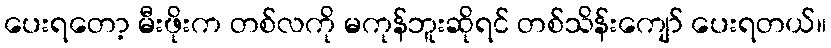
ပေးရတော့ မီးဖိုးက တစ်လကို မကုန်ဘူးဆိုရင် တစ်သိန်းကျော် ပေးရတယ်။